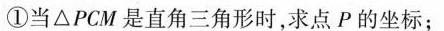
①当△PCM是直角三角形时，求点P的坐标；